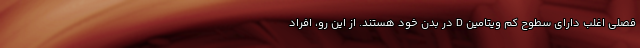
فصلی اغلب دارای سطوح کم ویتامین D در بدن خود هستند. از این رو، افراد